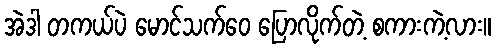
အဲဒါ တကယ်ပဲ မောင်သက်ဝေ ပြောလိုက်တဲ့ စကားကဲ့လား။